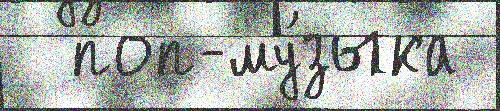
  поп-му́зыка